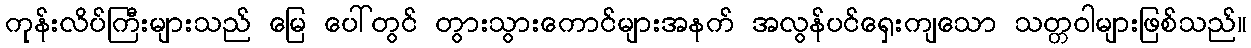
ကုန်းလိပ်ကြီးများသည် မြေ ပေါ်တွင် တွားသွားကောင်များအနက် အလွန်ပင်ရှေးကျသော သတ္တဝါများဖြစ်သည်။